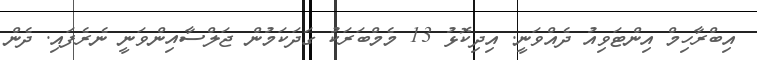
އިބްރާހިމް އިންޓަވިއު ދެއްވަނީ. އިދިކޮޅު 13 މެމްބަރަކު ގަދަކަމުން ޖަލްސާއިންވަނީ ނެރެފައި. ދެން